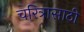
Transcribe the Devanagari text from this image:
चरित्रासाठी